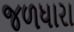
જળધારા